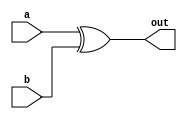
// [1/2] For testing iverilog, gtk wave, and vscode extensions workflow. One should be able to configure all of these for stable setup.

module xor_gate (
    input a,
    input b,
    output out
);
    assign out = a ^ b;

endmodule